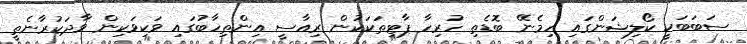
ސަބަބަކީ ކޯލިޝަންގައި ހިމެނޭ ބޮޑެތި ހުރިހާ ޕާޓިތަކަކުން ރިއާސީ އިންތިހާބުގައި ވަކިވަކިން ވާދަކުރާނެތީ